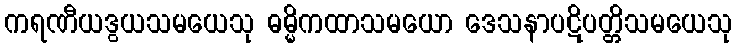
ကရဏီယဒွယသမယေသု ဓမ္မိကထာသမယော ဒေသနာပဋိပတ္တိသမယေသု